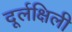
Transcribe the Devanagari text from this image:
दूर्लक्षिली